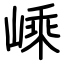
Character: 嵊